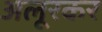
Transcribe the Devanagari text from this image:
अलूरकर